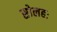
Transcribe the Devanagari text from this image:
सोलहः